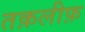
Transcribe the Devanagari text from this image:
तक़लीफ़